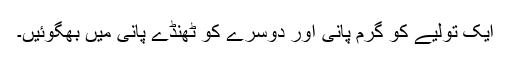
ایک تولیے کو گرم پانی اور دوسرے کو ٹھنڈے پانی میں بھگوئیں۔